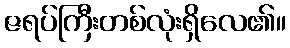
ဇရပ်ကြီးတစ်လုံးရှိလေ၏။